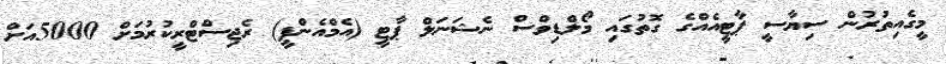
މީގެއިތުރުން ސިޔާސީ ޕާޓީއެއްގެ ގޮތުގައި މޯލްޑިވްސް ނެޝަނަލް ޕާޓީ (އެމްއެންޕީ) ރެޖިސްޓްރީކުރުމަށް 5000އަށް